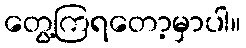
တွေ့ကြရတော့မှာပါ။